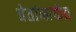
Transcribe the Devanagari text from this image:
चेतांमार्फत